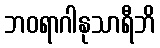
ဘဝရာဂါနုသာရီဘိ